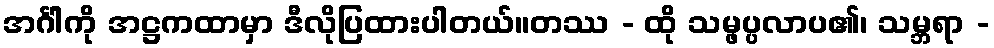
အင်္ဂါကို အဋ္ဌကထာမှာ ဒီလိုပြထားပါတယ်။တဿ - ထို သမ္ဖပ္ပလာပ၏၊ သမ္ဘရာ -